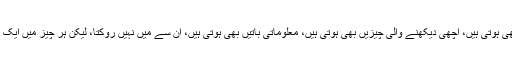
بعض مجبوریاں بھی ہوتی ہیں، اچھی دیکھنے والی چیزیں بھی ہوتی ہیں، معلوماتی باتیں بھی ہوتی ہیں، اُن سے مَیں نہیں روکتا، لیکن ہر چیز میں ایک اعتدال ہونا چاہئے۔